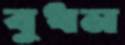
বুধন